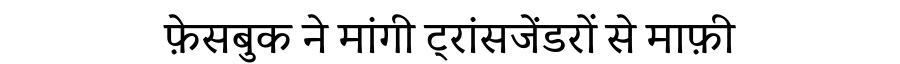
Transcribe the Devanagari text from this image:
फ़ेसबुक ने मांगी ट्रांसजेंडरों से माफ़ी